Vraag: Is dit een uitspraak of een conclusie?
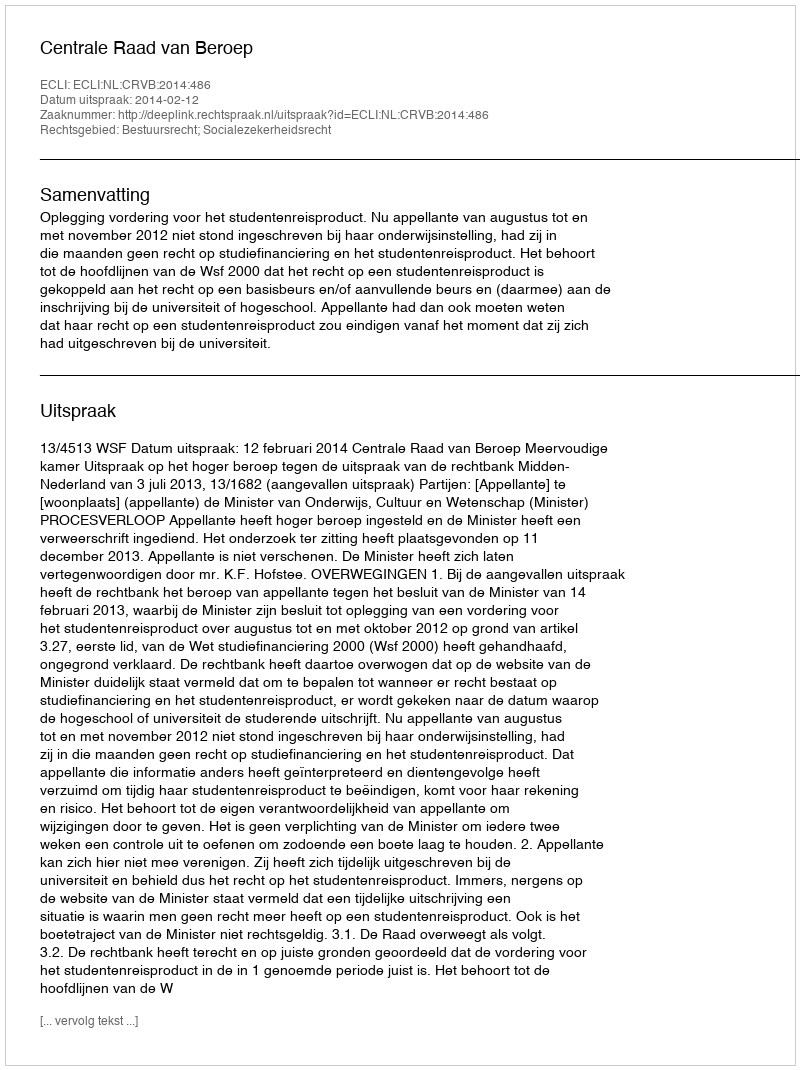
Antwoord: Uitspraak